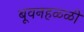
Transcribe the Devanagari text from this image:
बूवनहळ्ळी